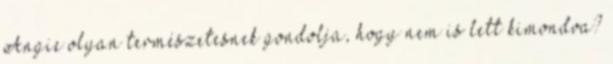
Angie olyan természetesnek gondolja, hogy nem is lett kimondva?